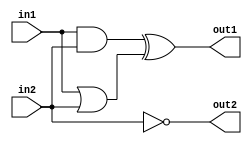
module first_system (
    out1, out2, in1, in2
);

// Port definitions
input in1, in2;
output out1, out2;

// Description of the digital system
// Dataflow modeling

wire and_out, or_out;

assign and_out = in1 & in2;
assign or_out = in1 | in2;
assign out1 = and_out ^ or_out;
assign out2 = ~ in2;

endmodule